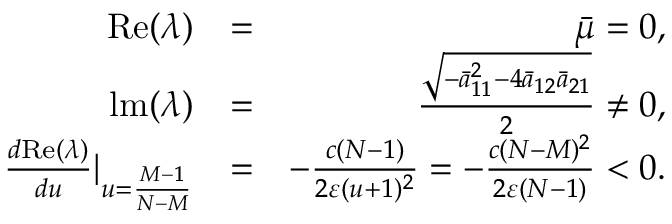
\begin{array} { r l r } { \mathrm { R e } ( \lambda ) } & { = } & { \bar { \mu } = 0 , } \\ { \mathrm { l m } ( \lambda ) } & { = } & { \frac { \sqrt { - \bar { a } _ { 1 1 } ^ { 2 } - 4 \bar { a } _ { 1 2 } \bar { a } _ { 2 1 } } } { 2 } \neq 0 , } \\ { \frac { d \mathrm { R e } ( \lambda ) } { d u } | _ { u = \frac { M - 1 } { N - M } } } & { = } & { - \frac { c ( N - 1 ) } { 2 \varepsilon ( u + 1 ) ^ { 2 } } = - \frac { c ( N - M ) ^ { 2 } } { 2 \varepsilon ( N - 1 ) } < 0 . } \end{array}